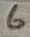
Text: 6